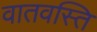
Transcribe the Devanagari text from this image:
वातवस्ति